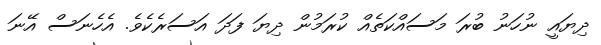
ދިޔައީ ނުހަނު ބުރަ މަސައްކަތެއް ކުރަމުން ދިޔަ ފަދަ އަސަރެކެވެ. އެހެނަސް އޭނަ